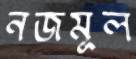
নজমূল